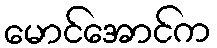
မောင်အောင်က